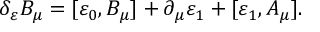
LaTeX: \delta _ { \varepsilon } B _ { \mu } = [ \varepsilon _ { 0 } , B _ { \mu } ] + \partial _ { \mu } \varepsilon _ { 1 } + [ \varepsilon _ { 1 } , A _ { \mu } ] .